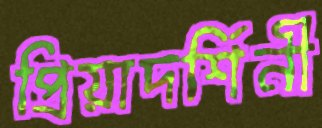
প্রিয়াদর্শিনী